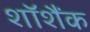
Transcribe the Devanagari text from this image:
शॉशैंक